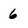
Character: 6